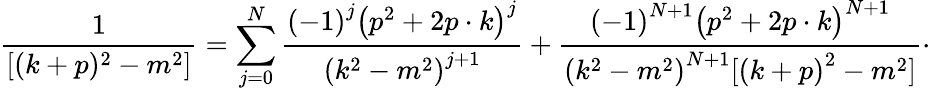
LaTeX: \frac{1}{[(k+p)^{2}-m^{2}]}=\sum_{j=0}^{N}\frac{\left(-1\right)^{j}\left(p^{2}+2p\cdot k\right)^{j}}{\left(k^{2}-m^{2}\right)^{j+1}}+\frac{\left(-1\right)^{N+1}\left(p^{2}+2p\cdot k\right)^{N+1}}{\left(k^{2}-m^{2}\right)^{N+1}[\left(k+p\right)^{2}-m^{2}]}\cdot